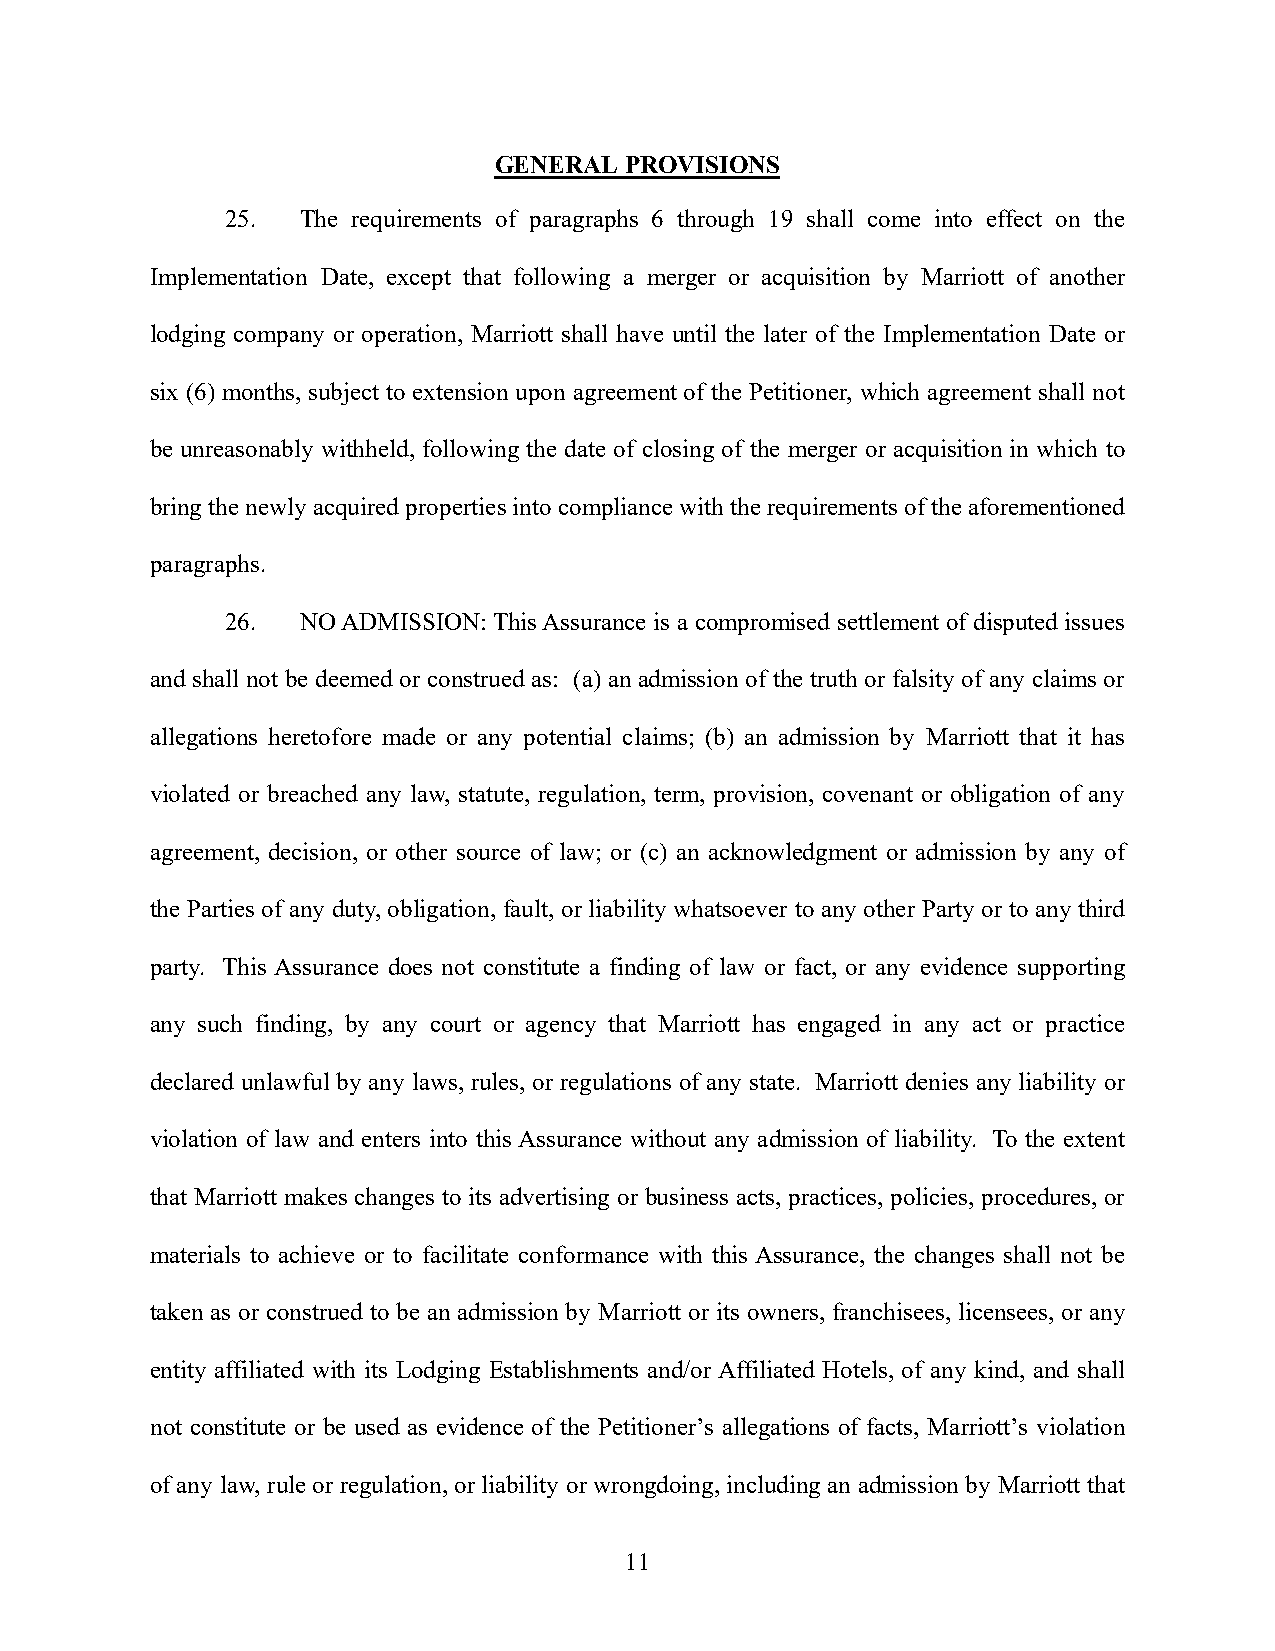
GENERAL PROVISIONS
 25.  The requirements of paragraphs 6 through 19 shall come into effect on the
 Implementation Date, except that following a merger or acquisition by Marriott of another
 lodging company or operation, Marriott shall have until the later of the Implementation Date or
 six (6) months, subject to extension upon agreement of the Petitioner, which agreement shall not
 be unreasonably withheld, following the date of closing of the merger or acquisition in which to
 bring the newly acquired properties into compliance with the requirements of the aforementioned
 paragraphs.
 26.  NO ADMISSION: This Assurance is a compromised settlement of disputed issues
 and shall not be deemed or construed as: (a) an admission of the truth or falsity of any claims or
 allegations heretofore made or any potential claims; (b) an admission by Marriott that it has
 violated or breached any law, statute, regulation, term, provision, covenant or obligation of any
 agreement, decision, or other source of law; or (c) an acknowledgment or admission by any of
 the Parties of any duty, obligation, fault, or liability whatsoever to any other Party or to any third
 party. This Assurance does not constitute a finding of law or fact, or any evidence supporting
 any such finding, by any court or agency that Marriott has engaged in any act or practice
 declared unlawful by any laws, rules, or regulations of any state. Marriott denies any liability or
 violation of law and enters into this Assurance without any admission of liability. To the extent
 that Marriott makes changes to its advertising or business acts, practices, policies, procedures, or
 materials to achieve or to facilitate conformance with this Assurance, the changes shall not be
 taken as or construed to be an admission by Marriott or its owners, franchisees, licensees, or any
 entity affiliated with its Lodging Establishments and/or Affiliated Hotels, of any kind, and shall
 not constitute or be used as evidence of the Petitioner’s allegations of facts, Marriott’s violation
 of any law, rule or regulation, or liability or wrongdoing, including an admission by Marriott that
 11